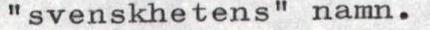
"svenskhetens" namn.